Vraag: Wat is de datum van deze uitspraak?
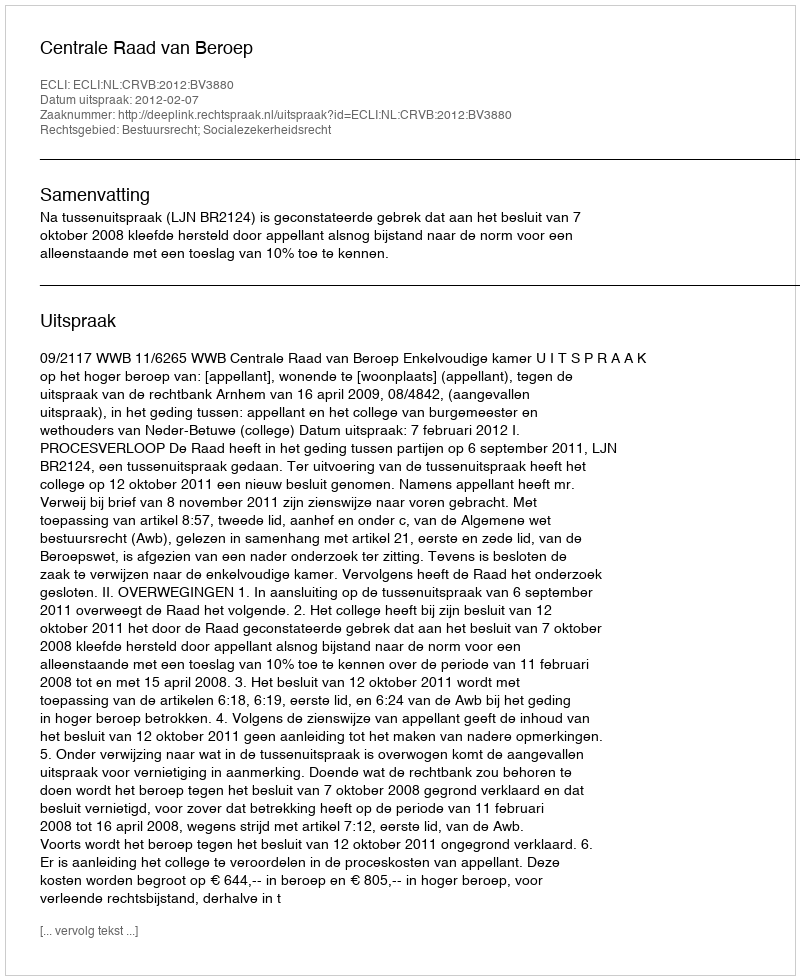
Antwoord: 2012-02-07